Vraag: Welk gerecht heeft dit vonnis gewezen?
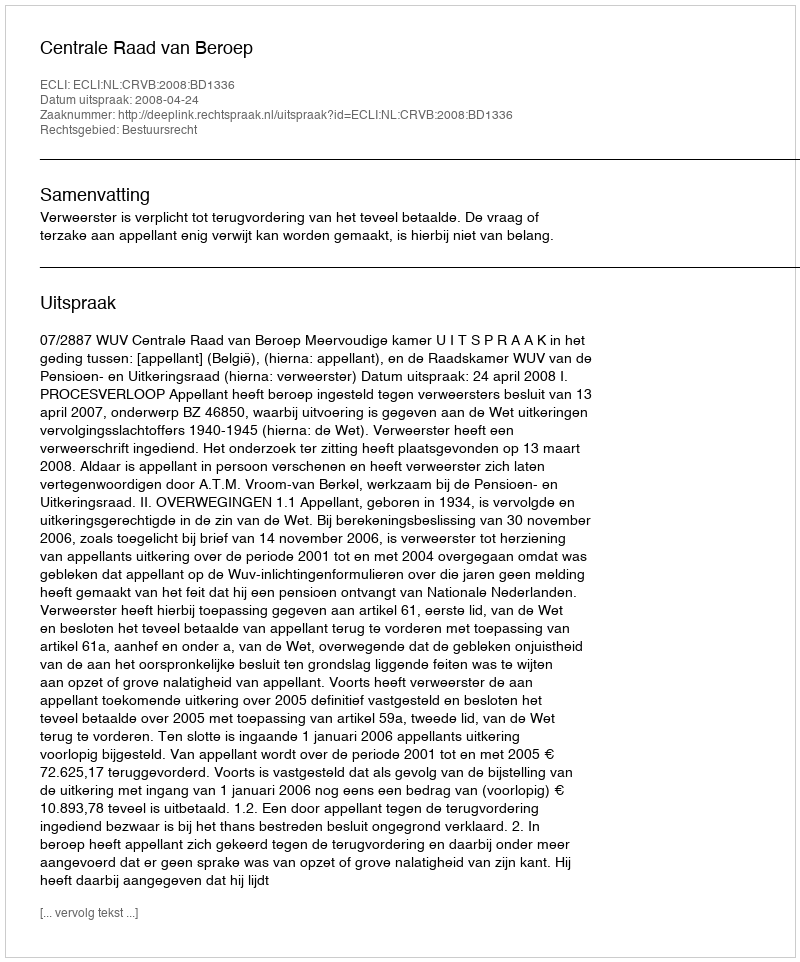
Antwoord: Centrale Raad van Beroep